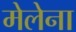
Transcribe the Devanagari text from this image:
मेलेना